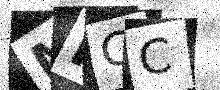
Text: MKCC